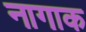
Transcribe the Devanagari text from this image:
नागाक